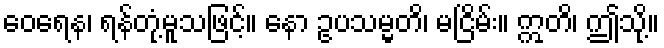
ဝေရေန၊ ရန်တုံ့မူသဖြင့်။ နော ဥပသမ္မတိ၊ မငြိမ်း။ ဣတိ၊ ဤသို့။